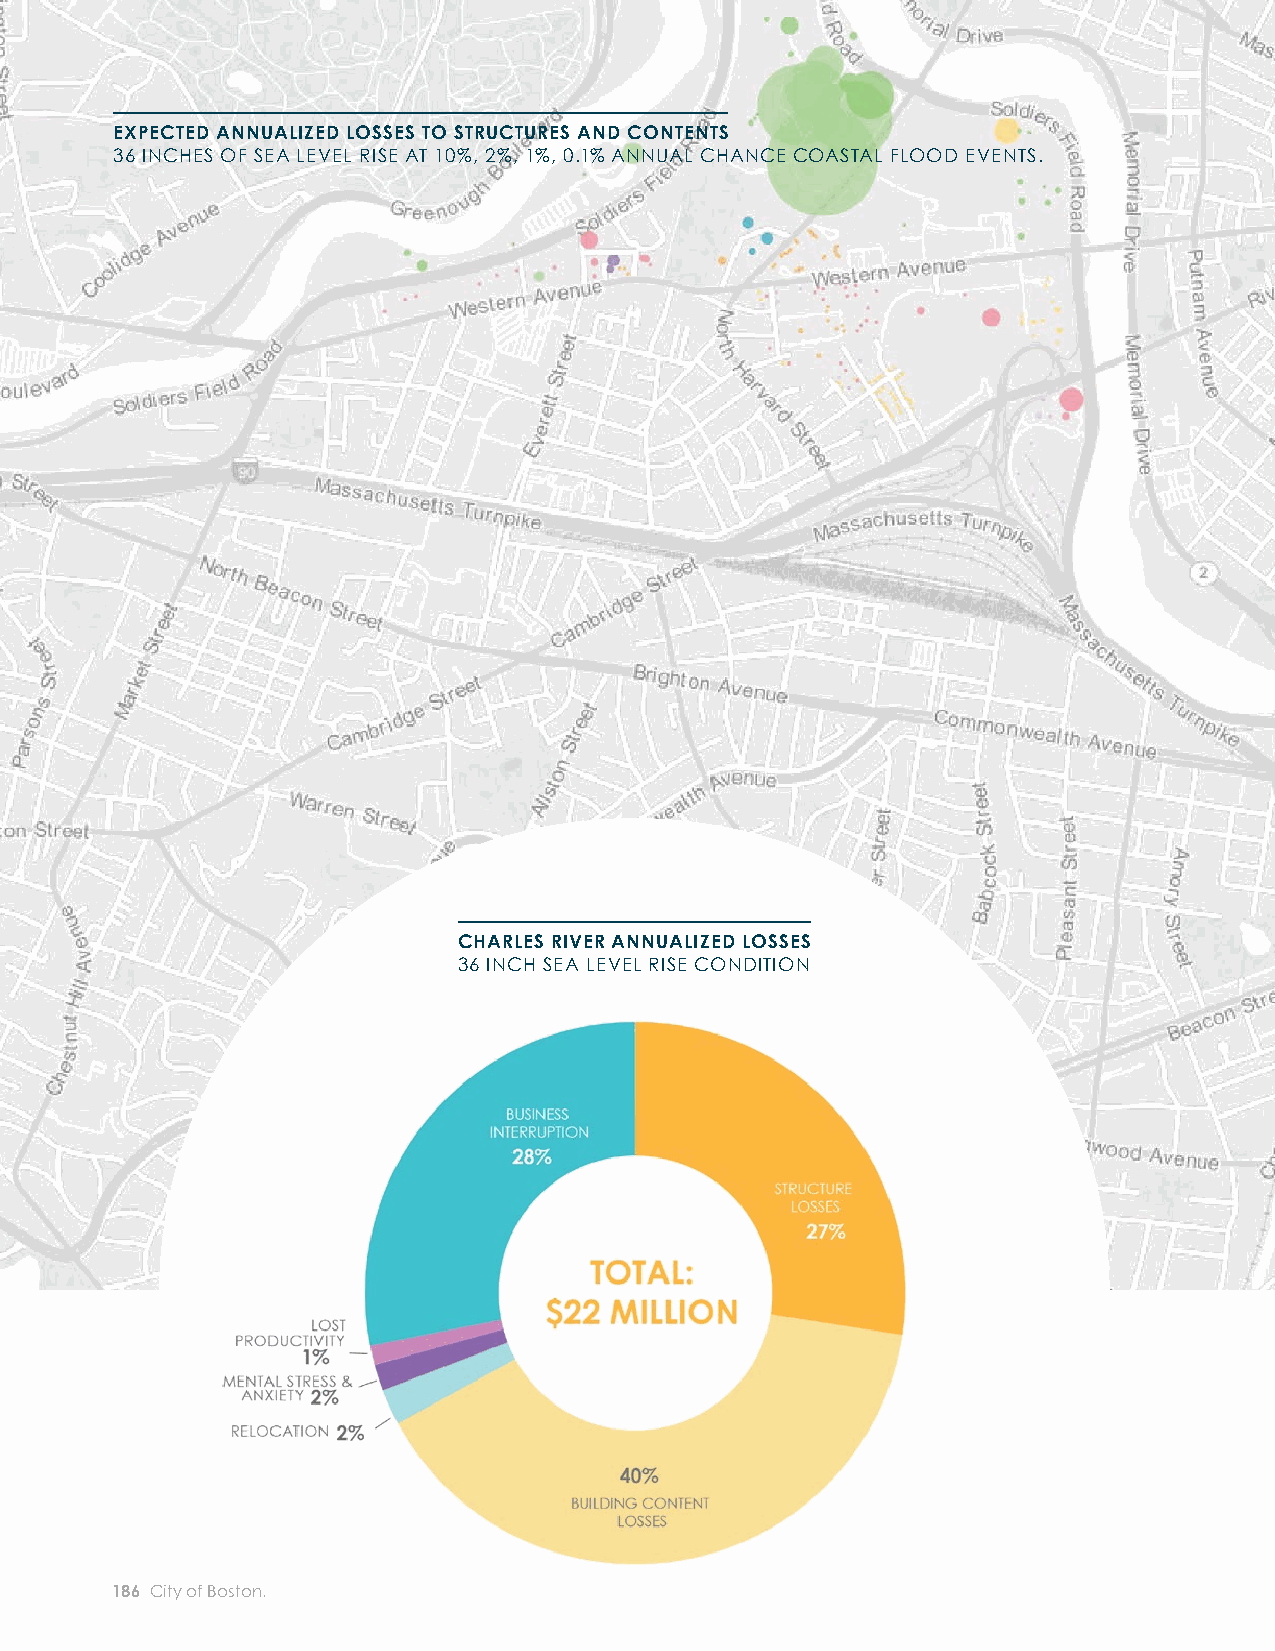
EXPECTED ANNUALIZED LOSSES TO STRUCTURES AND CONTENTS
 Probable annualized losses are based on generalized
 36 INCHES OF SEA LEVEL RISE AT 10%, 2%, 1%, 0.1% ANNUAL CHANCE COASTAL FLOOD EVENTS.                                            assumptions, as opposed to site-specifi c assessment of
 structures. Site-specifi c evaluations of vulnerability are
 beyond the scope of this assessment and should be
 reserved for detailed evaluation of specifi c resilience
 initiatives or a next phase of this project.
 CHARLES RIVER ANNUALIZED LOSSES
 36 INCH SEA LEVEL RISE CONDITION
 Each circle represents annualized losses suffered by an
 individual building. Larger circle size indicates higher contents
 and structures losses. Annualized losses take into consideration
 the annual probability of an event occurring, as well as the
 projected impacts of such an event.
 186 City of Boston: Climate Ready Boston